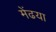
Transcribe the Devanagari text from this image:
मेंढया